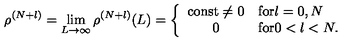
\rho ^ { ( N + l ) } = \lim _ { L \rightarrow \infty } \rho ^ { ( N + l ) } ( L ) = \left\{ \begin{array} { c l } { \mathrm { c o n s t } \neq 0 } & { \mathrm { f o r } l = 0 , N } \\ { 0 } & { \mathrm { f o r } 0 < l < N . } \\ \end{array} \right.